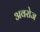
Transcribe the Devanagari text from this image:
अवरोज